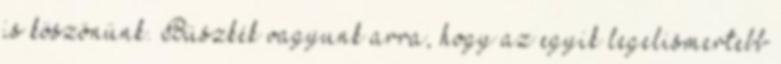
is köszönünk. Büszkék vagyunk arra, hogy az egyik legelismertebb